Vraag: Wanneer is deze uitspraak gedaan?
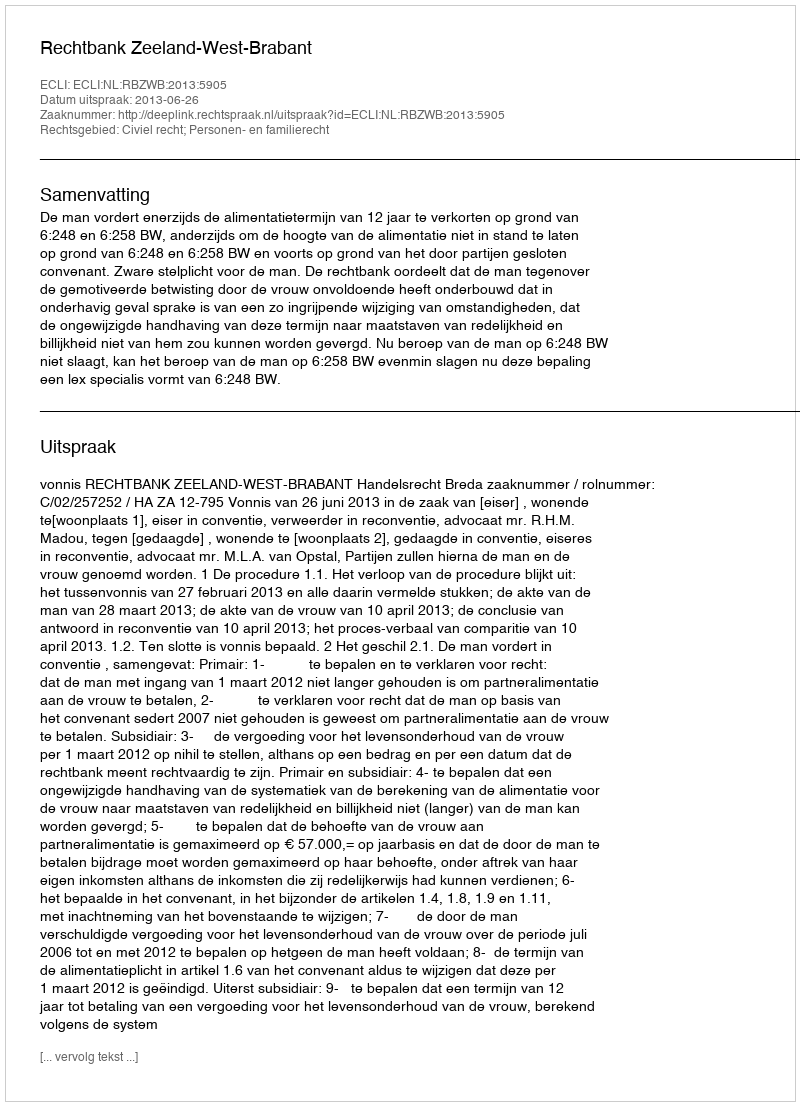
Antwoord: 2013-06-26